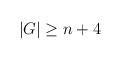
LaTeX: \begin{align*}|G|\ge n+4\end{align*}